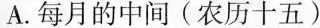
A.每月的中间(农历十五)